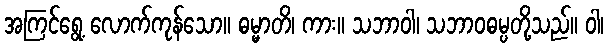
အကြင်ရွေ့ လောက်ကုန်သော။ ဓမ္မာတိ၊ ကား။ သဘာဝါ၊ သဘာဝဓမ္ပတို့သည်။ ဝါ၊